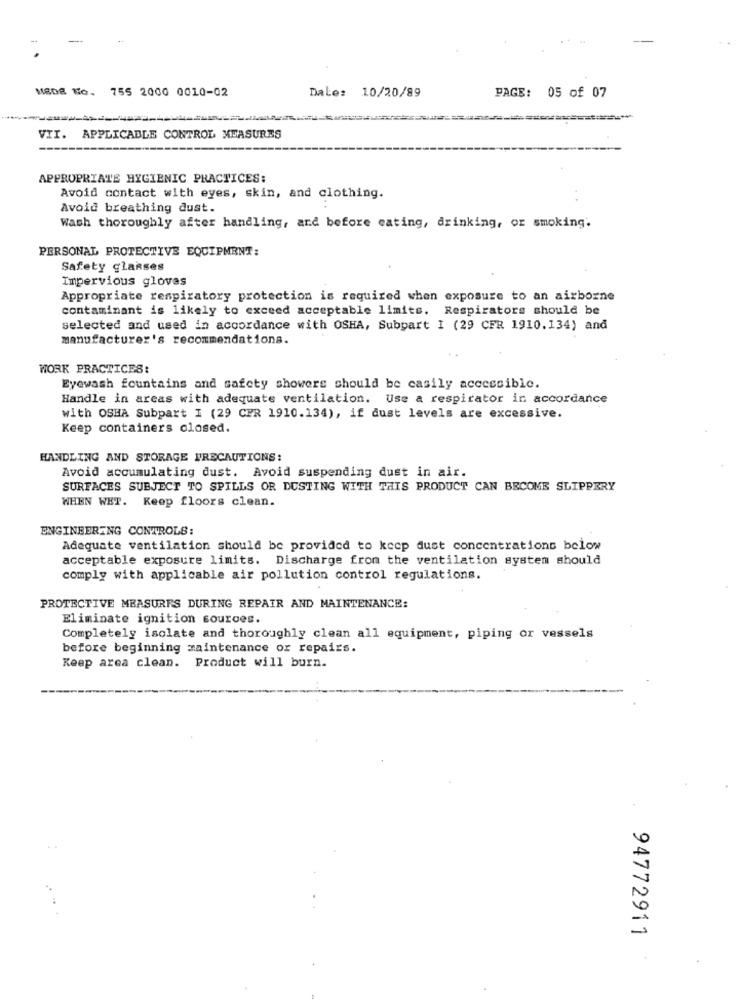
--
MEDE Mo. 755 2000 0010-02
Dale: 10/20/89
PAGE: 05 of 07
VII. APPLICABLE CONTROL MEASURES
APPROPRIATE HYGIENIC PRACTICES:
Avoid contact with eyes, skin, and clothing.
Avoid breathing dust.
Wash thoroughly after handling, and before cating, drinking, or smoking.
PERSONAL PROTECTIVE EQUIPMENT:
Safety glasses
Impervious gloves
Appropriate respiratory protection is required when exposure to an airborne
contaminant is likely to exceed acceptable limits. Respirators should be
selected and used in accordance with OSHA, Subpart I (29 CFR 1910.134) and
manufacturer's recommendations.
WORK PRACTICES:
Eyewash fountains and safety showers should be casily accessible.
Handle in areas with adequate ventilation. Use a respirator in accordance
with OSHA Subpart I (29 CER 1910.134), if dust levels are excessive.
Keep containers closed.
HANDLING AND STORAGE PRECAUTIONS:
Avoid accumulating dust. Avoid suspending dust in air.
SURFACES SUBJECT TO SPILLS OR DUSTING WITH THIS PRODUCT CAN BECOME SLIPPERY
WHEN WET. Keep floors clean.
ENGINEERING CONTROLS:
Adequate ventilation should be provided to keep dust concentrations below
acceptable exposure limits. Discharge from the ventilation system should
comply with applicable air pollution control regulations.
PROTECTIVE MEASURES DURING REPAIR AND MAINTENANCE:
Eliminate ignition sources.
Completely isolate and thoroughly clean all equipment, piping or vessels
before beginning maintenance or repairs.
Keep area clean. Product will burn.
94772911